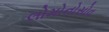
લોમોનોસોવ